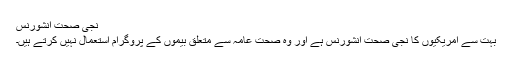
نجی صحت انشورنس
بہت سے امریکیوں کا نجی صحت انشورنس ہے اور وہ صحت عامہ سے متعلق بیموں کے پروگرام استعمال نہیں کرتے ہیں۔